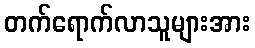
တက်ရောက်လာသူများအား